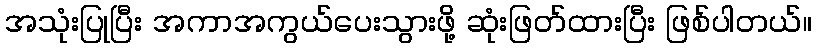
အသုံးပြုပြီး အကာအကွယ်ပေးသွားဖို့ ဆုံးဖြတ်ထားပြီး ဖြစ်ပါတယ်။